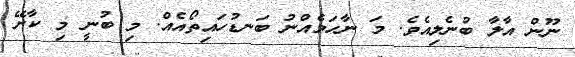
ނޫން އާލާ ބުނެލިއެވެ. މަ ނާހަމެއްނު ބަނޑުހައިތޯއެއް. މި ބުނީ މި ކާށޭ